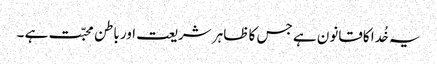
یہ خُدا کاقانون ہے جس کا ظاہر شریعت اور باطن محبّت ہے ۔